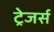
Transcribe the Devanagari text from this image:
ट्रेजर्स